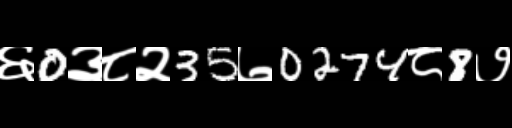
Text: ६0३८२35७0274८8७